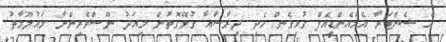
އެ ސެންޓަރާ އެމްއެންޑީއެފް ގުޅިގެން ހެދި ދިރާސާއާ ގުޅޭގޮތުން މިއަދު ނޫސްވެރިންނާ މައުލޫމާތު